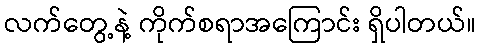
လက်တွေ့နဲ့ ကိုက်စရာအကြောင်း ရှိပါတယ်။